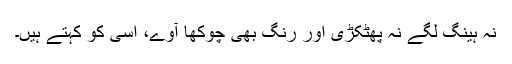
نہ ہینگ لگے نہ پھٹکڑی اور رنگ بھی چوکھا آوے، اسی کو کہتے ہیں۔